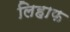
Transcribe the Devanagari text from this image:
लिहाफ